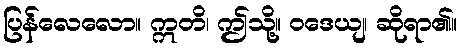
ပြန်လေလော။ ဣတိ၊ ဤသို့။ ဝဒေယျ၊ ဆိုရာ၏။